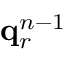
\mathbf { q } _ { r } ^ { n - 1 }